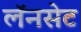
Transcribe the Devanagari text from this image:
लॅनसेट